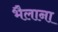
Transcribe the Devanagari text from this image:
भैलाना